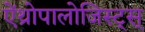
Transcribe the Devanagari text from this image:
ऐंथ्रोपालोजिस्ट्स्